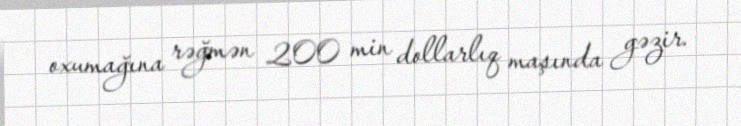
oxumağına rəğmən 200 min dollarlıq maşında gəzir.